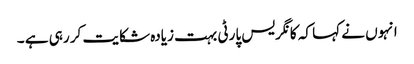
انہوں نے کہا کہ کانگریس پارٹی بہت زیادہ شکایت کر رہی ہے ۔